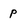
Character: p